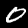
Label: 0